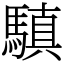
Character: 𩥄